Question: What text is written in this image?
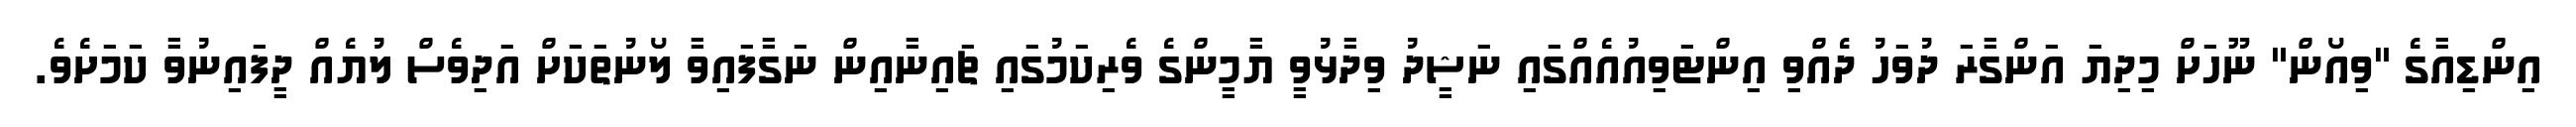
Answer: އިންޑިއާގެ "ވިއޯން" ނޫހަށް މިދިޔަ އަންގާރަ ދުވަހު ދެއްވި އިންޓަވިއުއެއްގައި ނަޝީދު ވިދާޅުވީ ޔާމީންގެ ވެރިކަމުގައި ޗައިނާއިން ނަގާފައިވާ ލޯނުތަކަށް އަދިވެސް ލުޔެއް ދީފައިނުވާ ކަމަށެވެ.